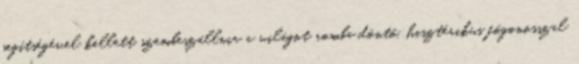
segítségével kellett szembeszállnia a világot romba döntő, hisztérikus főgonosszal